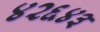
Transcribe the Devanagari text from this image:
४२६४३